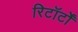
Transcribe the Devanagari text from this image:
रिटॉर्टों